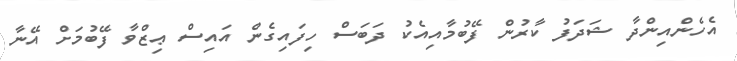
އެހެންއިންދާ ޝަދަފު ކާރުން ފޭބުމާއިއެކު ދަބަސް ހިފައިގެން އައިސް ޢިޒްވާ ފޭބުމަށް އޭނާ